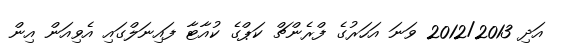
އަދި 2012/2013 ވަނަ އަހަރުގެ ފްރެންޗް ކަޕްގެ ކުއާޓާ ފައިނަލްގައި އެވިއަން އިން